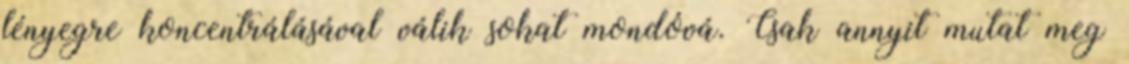
lényegre koncentrálásával válik sokat mondóvá. Csak annyit mutat meg